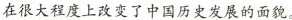
在很大程度上改变了中国历史发展的面貌。